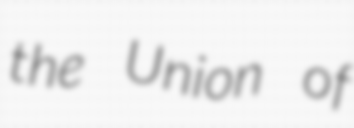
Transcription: the Union of